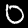
Digit: 0